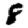
Digit: 8